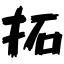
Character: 拓